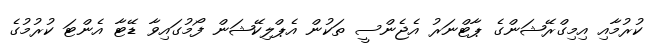
ކުރުމާއި އިމިގްރޭޝަންގެ ޕާޓްނަރު އެޖެންސީ ތަކުން އެޕްލިކޭޝަން ފޯމުގައިވާ ޑޭޓާ އެންޓަ ކުރުމުގެ